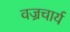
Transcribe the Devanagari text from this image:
वज्रचार्य